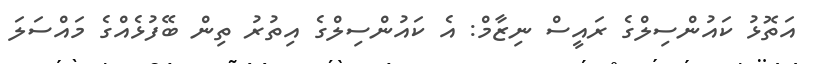
އަތޮޅު ކައުންސިލްގެ ރައީސް ނިޒާމް: އެ ކައުންސިލްގެ އިތުރު ތިން ބޭފުޅެއްގެ މައްސަލަ